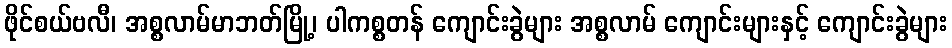
ဖိုင်စယ်ဗလီ၊ အစ္စလာမ်မာဘတ်မြို့၊ ပါကစ္စတန် ကျောင်းခွဲများ အစ္စလာမ် ကျောင်းများနှင့် ကျောင်းခွဲများ